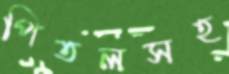
পিতলসহ